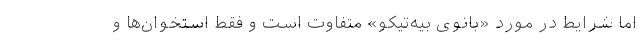
اما شرایط در مورد «بانوی بیه‌تیکو» متفاوت است و فقط استخوان‌ها و